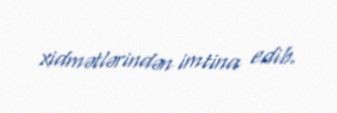
xidmətlərindən imtina edib.